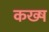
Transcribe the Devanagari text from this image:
कख्ष